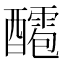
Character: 𨣙